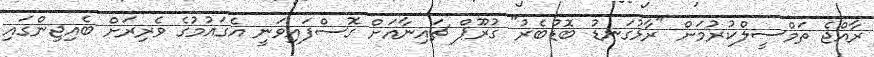
ރާއްޖެ ތަމްސީލްކުރުމަށް "ރާޅުގަނޑު ބޮޑުބެރު" ގުރޫޕް ޗައިނާއަށް ގޮސްފައިވަނީ އެގައުމުގެ ވެރިރަށް ބެއިޖިންގައި